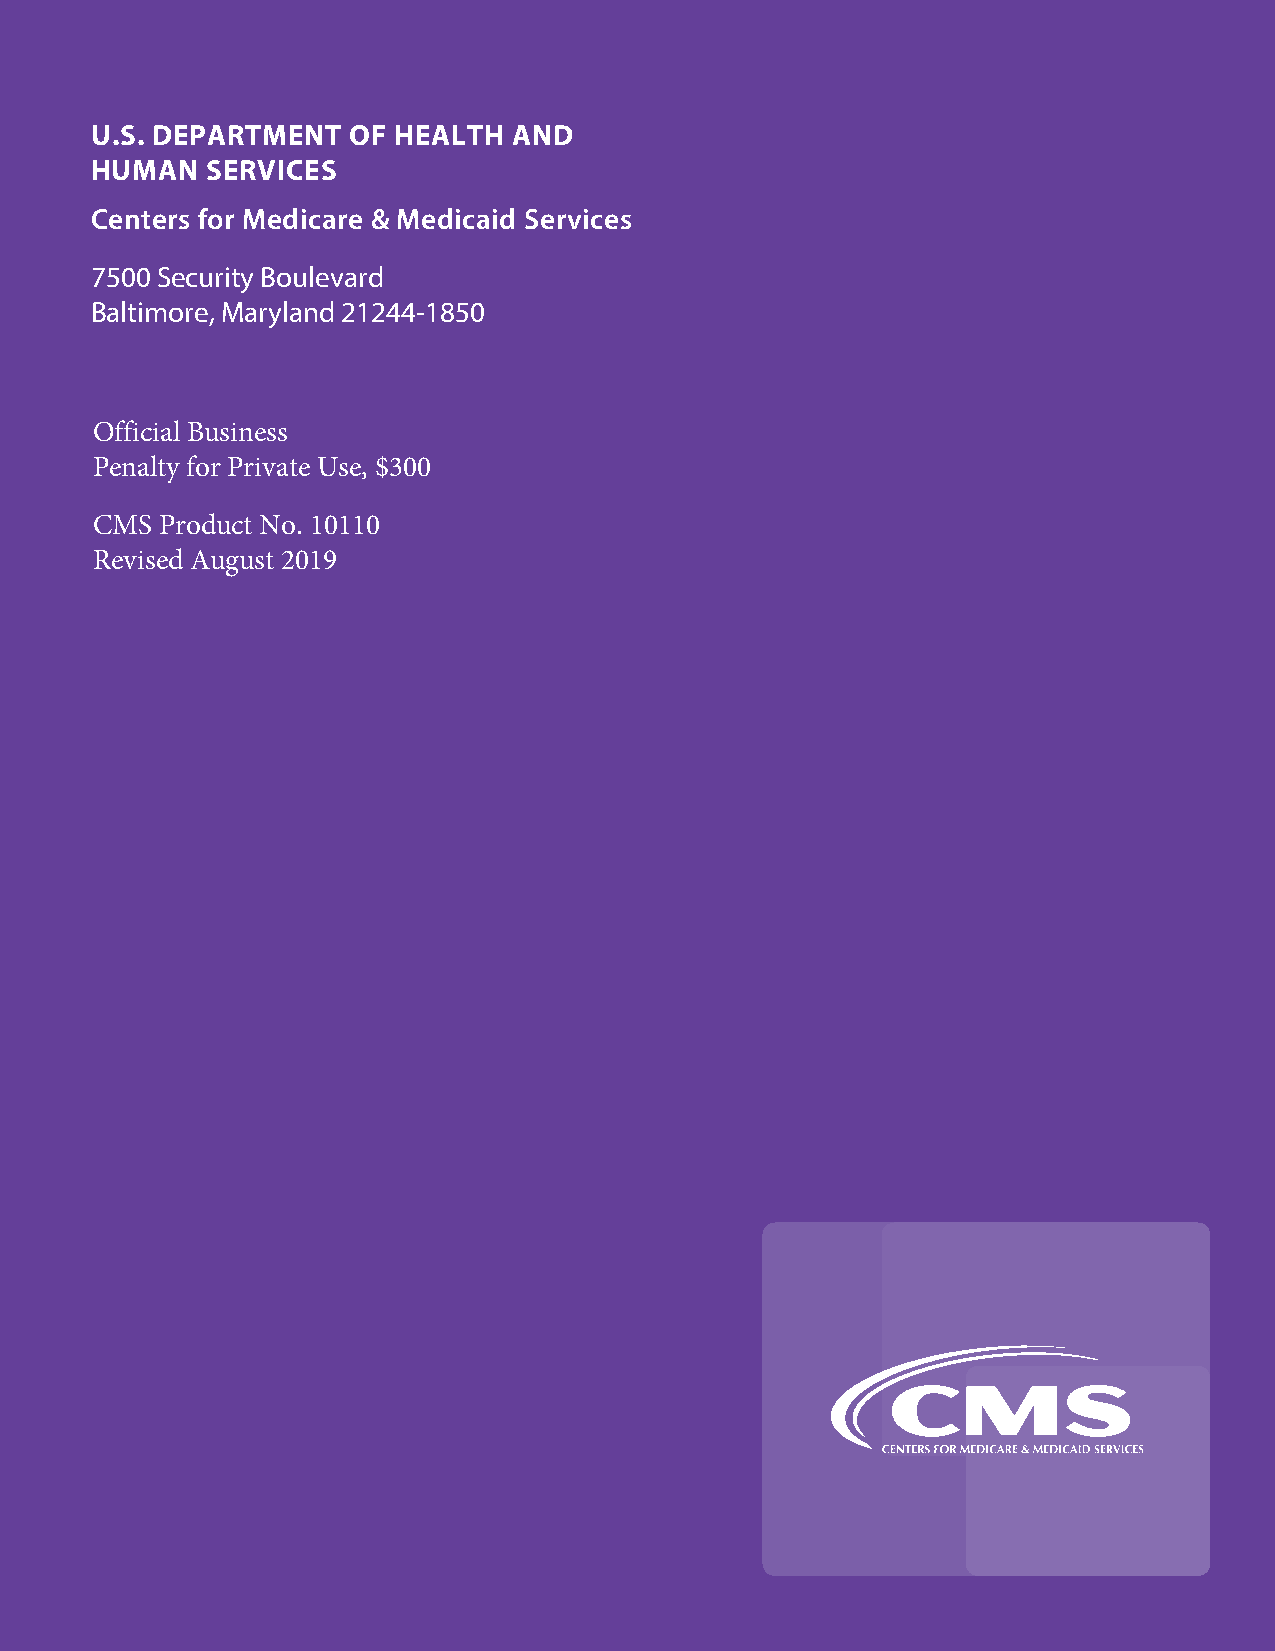
U.S. DEPARTMENT  OF HEALTH  AND
 HUMAN   SERVICES
 Centers for Medicare & Medicaid Services
 7500 Security Boulevard
 Baltimore, Maryland 21244-1850
 Official Business
 Penalty for Private Use, $300
 CMS  Product No. 10110
 Revised August 2019